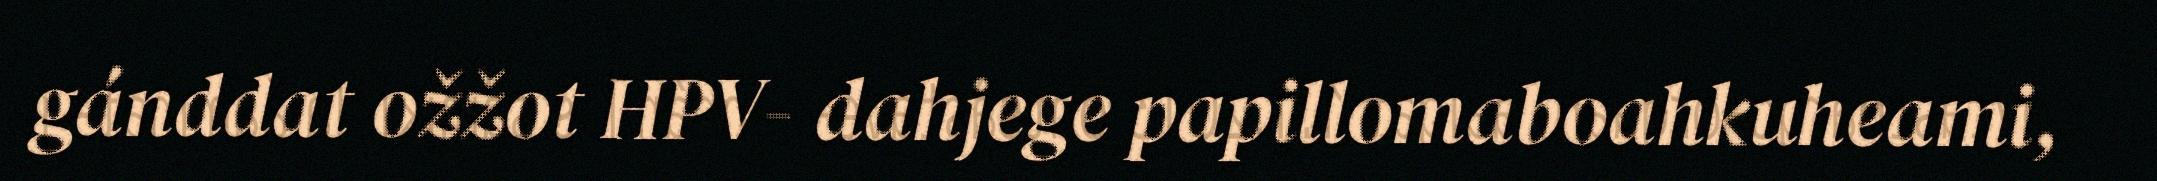
gánddat ožžot HPV- dahjege papillomaboahkuheami,